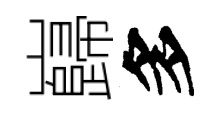
巋多